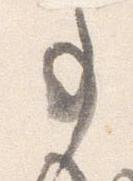
事